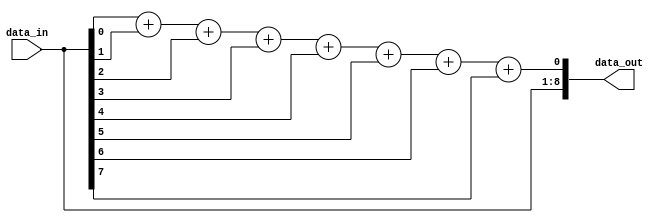
module sender (
    input      [7:0]	data_in,
    output     [8:0]	data_out
);
    //assign data_out = {data_in, ^data_in};
    assign data_out = {data_in, data_in[0] + data_in[1] + data_in[2] +
                                data_in[3] + data_in[4] + data_in[5] +
                                data_in[6] + data_in[7]}; 
endmodule